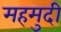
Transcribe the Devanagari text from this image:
महमुदी